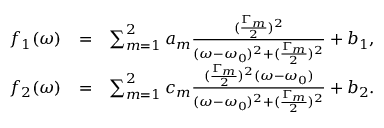
\begin{array} { r l r } { ~ f _ { 1 } ( \omega ) } & { = } & { \sum _ { m = 1 } ^ { 2 } a _ { m } \frac { ( \frac { \Gamma _ { m } } { 2 } ) ^ { 2 } } { ( \omega - \omega _ { 0 } ) ^ { 2 } + ( \frac { \Gamma _ { m } } { 2 } ) ^ { 2 } } + b _ { 1 } , } \\ { f _ { 2 } ( \omega ) } & { = } & { \sum _ { m = 1 } ^ { 2 } c _ { m } \frac { ( \frac { \Gamma _ { m } } { 2 } ) ^ { 2 } ( \omega - \omega _ { 0 } ) } { ( \omega - \omega _ { 0 } ) ^ { 2 } + ( \frac { \Gamma _ { m } } { 2 } ) ^ { 2 } } + b _ { 2 } . } \end{array}